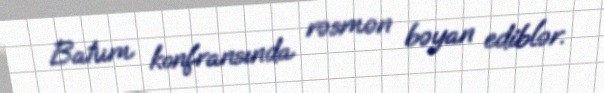
Batum konfransında rəsmən bəyan ediblər.